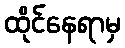
ထိုင်နေရာမှ